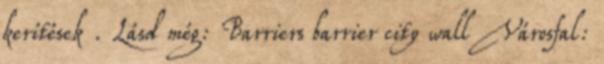
kerítések . Lásd még: Barriers barrier city wall Városfal: